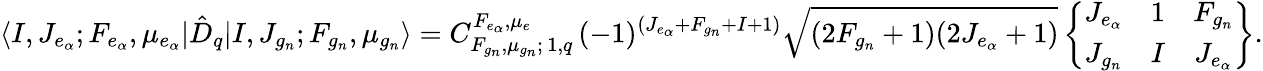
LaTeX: \langle I,J_{e_{\alpha}};F_{e_{\alpha}},\mu_{e_{\alpha}}|{\hat{D}}_{q}|I,J_{g_{n}};F_{g_{n}},\mu_{g_{n}}\rangle=C_{F_{g_{n}},\mu_{g_{n}};\, 1,q}^{F_{e_{\alpha}},\mu_{e}}\, (-1)^{(J_{e_{\alpha}}+F_{g_{n}}+I+1)}\sqrt{(2F_{g_{n}}+1)(2J_{e_{\alpha}}+1)}\left\{ \begin{array}{ccc}{J_{e_{\alpha}}}&{1}&{F_{g_{n}}}\\ {J_{g_{n}}}&{I}&{J_{e_{\alpha}}}\end{array}\right\} .